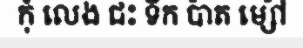
កុំ លេង ជះ ទឹក ប៉ាត ម្ស៉ៅ